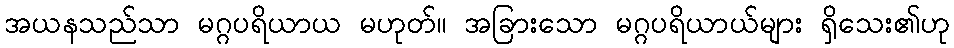
အယနသည်သာ မဂ္ဂပရိယာယ မဟုတ်။ အခြားသော မဂ္ဂပရိယာယ်များ ရှိသေး၏ဟု